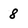
Character: 8